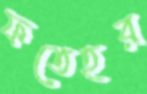
ফতেহর